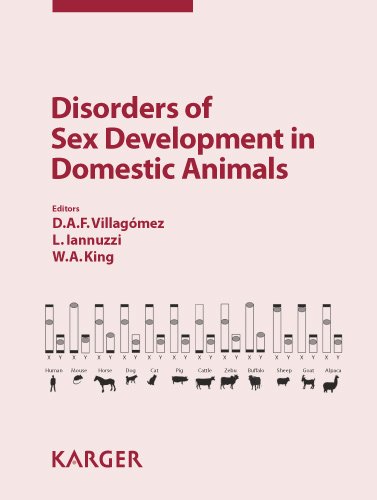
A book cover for Disorders of Sex Development in Domestic Animals; Medical Books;